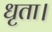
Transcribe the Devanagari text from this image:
धृता।